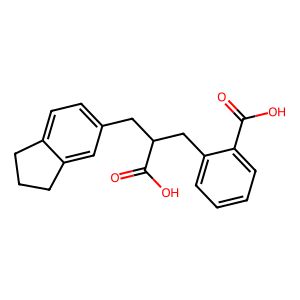
SMILES: O=C(O)c1ccccc1CC(Cc1ccc2c(c1)CCC2)C(=O)O
Inhibits HIV replication: No